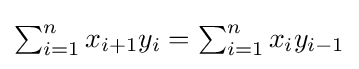
{\textstyle \sum _{i=1}^{n}x_{i+1}y_{i}=\sum _{i=1}^{n}x_{i}y_{i-1}}